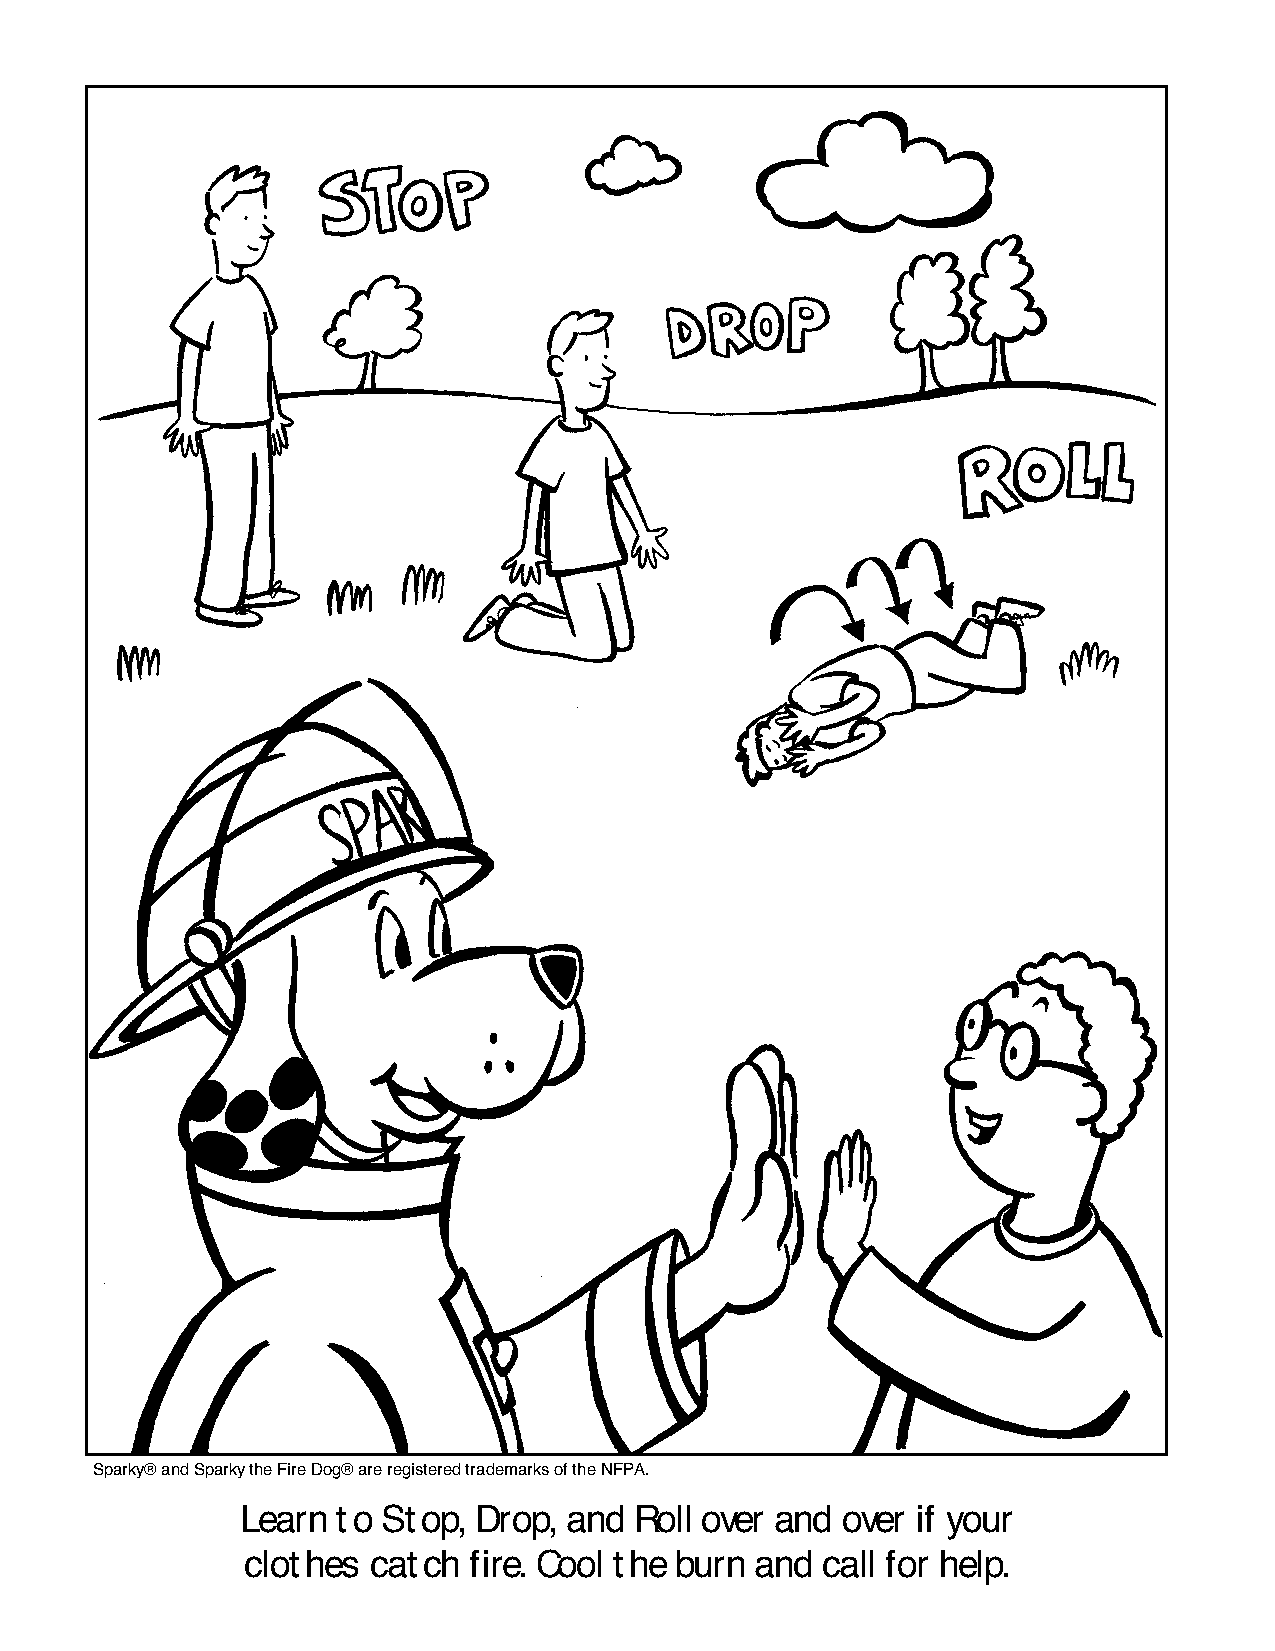
Sparky® and Sparky the Fire Dog® are registered trademarks of the NFPA.
 Learn to Stop, Drop, and  Roll over and over if your
 clothes  catch fire. Cool the burn and call for help.